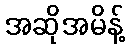
အဆိုအမိန့်